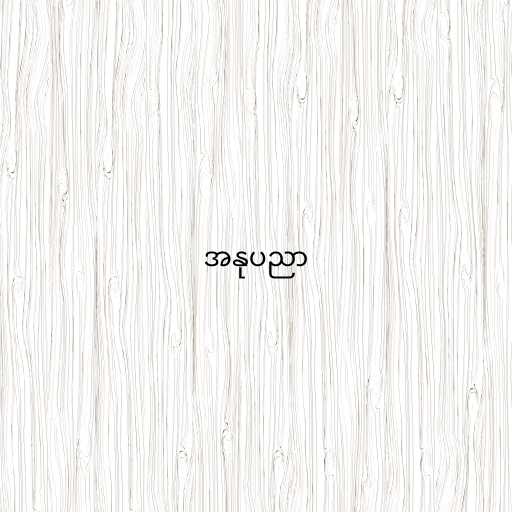
အနုပညာ